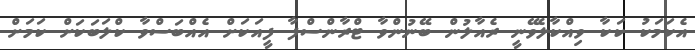
އެކަމަކު ކަކާ ވިއްކާލެވޭނީ ރެއާލުން ބޭނުންވާ ޓްރާންސްފާ ފީއަކަށް އެއްބަސްވާ ކްލަބަކަށް ކަމަށް